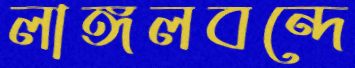
লাঙ্গলবন্দে